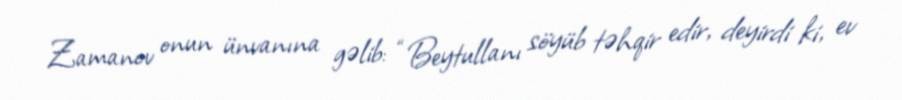
Zamanov onun ünvanına gəlib: “Beytullanı söyüb təhqir edir, deyirdi ki, ev